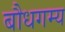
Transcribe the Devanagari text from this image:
बौधगम्य